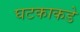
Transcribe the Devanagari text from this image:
घटकाकडे